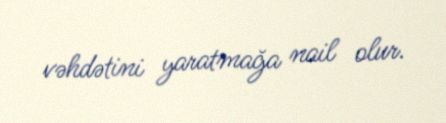
vəhdətini yaratmağa nail olur.